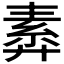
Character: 𢍣